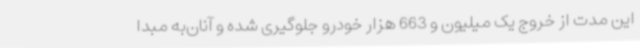
این مدت از خروج یک میلیون و 663 هزار خودرو جلوگیری شده و آنان‌به مبدا